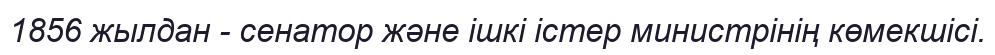
1856 жылдан - сенатор және ішкі істер министрінің көмекшісі.